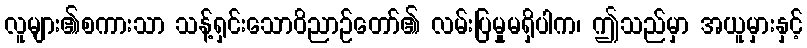
လူများ၏စကားသာ သန့်ရှင်းသောဝိညာဉ်တော်၏ လမ်းပြမှုမရှိပါက၊ ဤသည်မှာ အယူမှားနှင့်